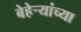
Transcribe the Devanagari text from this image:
बेहेर्‍यांच्या